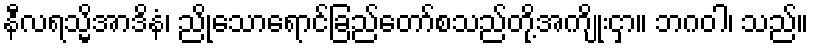
နီလရသ္မိအာဒိနံ၊ ညိုသောရောင်ခြည်တော်စသည်တို့အကျိုးငှာ။ ဘဂဝါ၊ သည်။